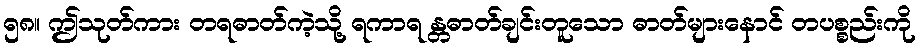
၅၈။ ဤသုတ်ကား တရဓာတ်ကဲ့သို့ ရကာရ န္တဓာတ်ချင်းတူသော ဓာတ်များနောင် တပစ္စည်းကို